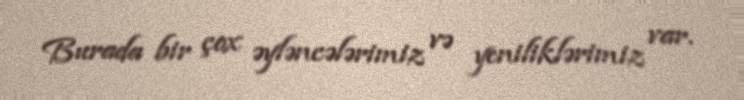
Burada bir çox əyləncələrimiz və yeniliklərimiz var.